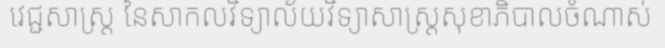
វេជ្ជសាស្ត្រ នៃសាកលវិទ្យាល័យវិទ្យាសាស្ត្រសុខាភិបាលចំណាស់